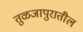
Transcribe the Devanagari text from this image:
तुळजापुरातील